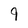
Character: 9